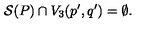
{ \cal S } ( P ) \cap V _ { 3 } ( p ^ { \prime } , q ^ { \prime } ) = \emptyset .